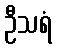
ဦသရံ